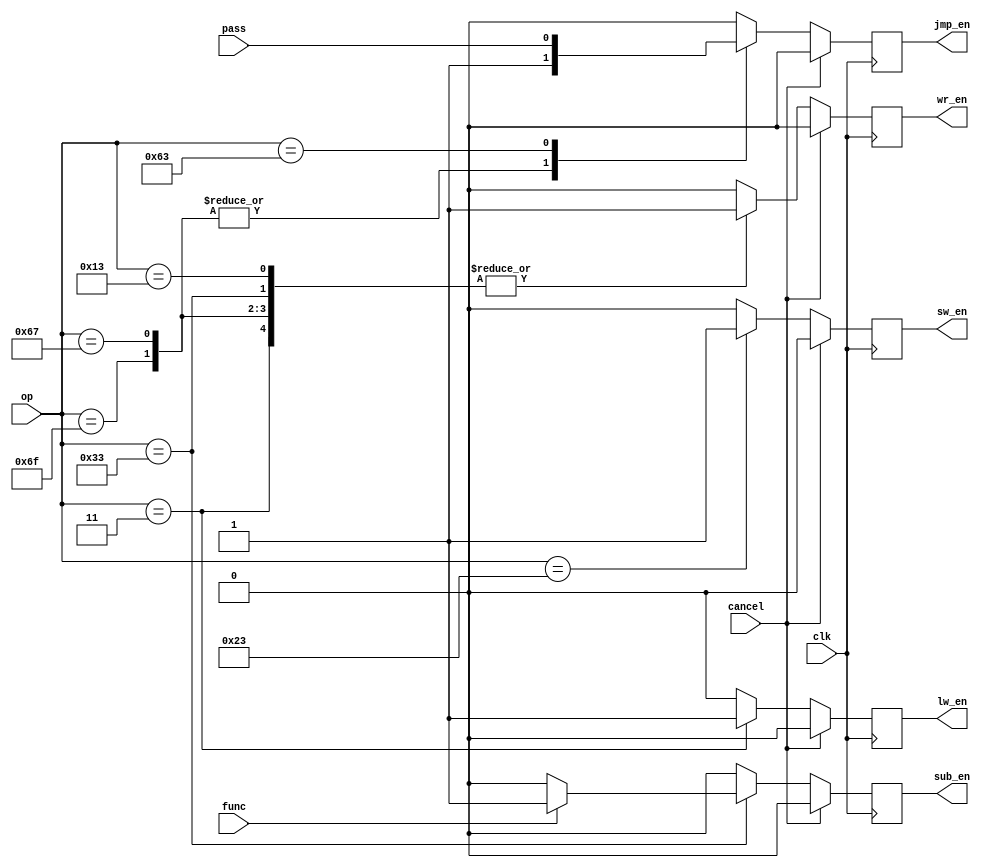
`timescale 1ns / 1ps
module control(
	input clk,
	input [6:0]op,
	input func,
	input pass,
	input cancel,
	output reg sub_en,
	output reg wr_en,
	output reg jmp_en,
	output reg lw_en,
	output reg sw_en
);

	always@(negedge clk)begin
		if(cancel)begin
			sw_en <= 1'b0; lw_en <= 1'b0; jmp_en <= 1'b0; sub_en <= 1'b0; wr_en <= 1'b0;
		end else begin
			case(op)
				7'b0_110_011: begin sw_en <= 1'b0; lw_en <= 1'b0; jmp_en <= 1'b0; sub_en <= func ? 1'b1 : 1'b0; wr_en <= 1'b1; end
				7'b0_010_011: begin sw_en <= 1'b0; lw_en <= 1'b0; jmp_en <= 1'b0; sub_en <= 1'b0; wr_en <= 1'b1; end
				7'b1_101_111: begin sw_en <= 1'b0; lw_en <= 1'b0; jmp_en <= 1'b1; sub_en <= 1'b0; wr_en <= 1'b1; end
				7'b1_100_111: begin sw_en <= 1'b0; lw_en <= 1'b0; jmp_en <= 1'b1; sub_en <= 1'b0; wr_en <= 1'b1; end
				7'b1_100_011: begin sw_en <= 1'b0; lw_en <= 1'b0; jmp_en <= pass; sub_en <= 1'b0; wr_en <= 1'b0; end
				7'b0_000_011: begin sw_en <= 1'b0; lw_en <= 1'b1; jmp_en <= 1'b0; sub_en <= 1'b0; wr_en <= 1'b1; end
				7'b0_100_011: begin sw_en <= 1'b1; lw_en <= 1'b0; jmp_en <= 1'b0; sub_en <= 1'b0; wr_en <= 1'b0; end
				default: begin sw_en <= 1'b0; lw_en <= 1'b0; jmp_en <= 1'b0; sub_en <= 1'b0; wr_en <= 1'b0; end
			endcase
		end
	end

endmodule